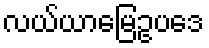
လယ်ယာမြေဥပဒေ